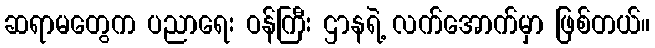
ဆရာမတွေက ပညာရေး ဝန်ကြီး ဌာနရဲ့ လက်အောက်မှာ ဖြစ်တယ်။